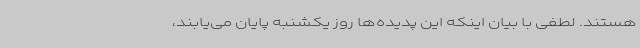
هستند. لطفی با بیان اینکه این پدیده‌ها روز یکشنبه پایان می‌یابند،